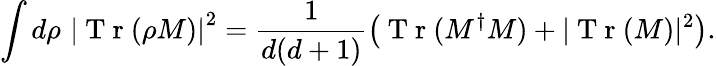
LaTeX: \int d\rho\, \, \left|\mathrm{~T~r~}(\rho M)\right|^{2}=\frac{1}{d(d+1)}\left(\mathrm{~T~r~}(M^{\dagger}M)+|\mathrm{~T~r~}(M)|^{2}\right).